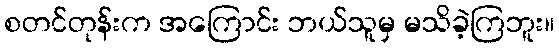
စတင်တုန်းက အကြောင်း ဘယ်သူမှ မသိခဲ့ကြဘူး။